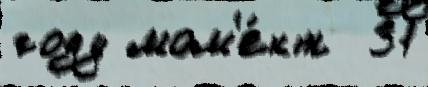
году мом'е́нт  31